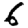
Digit: 6